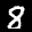
Label: 8